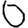
Digit: 0